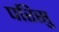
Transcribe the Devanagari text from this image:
परिसु